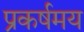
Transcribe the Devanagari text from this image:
प्रकर्षमय